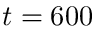
t = 6 0 0